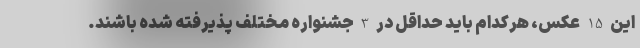
این 15 عکس، هرکدام باید حداقل در 3 جشنواره مختلف پذیرفته شده باشند.